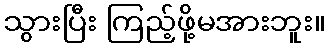
သွားပြီး ကြည့်ဖို့မအားဘူး။